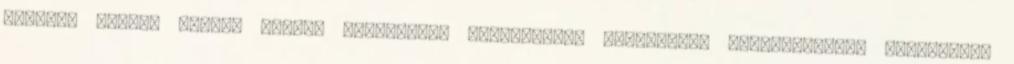
könnyű, málna, nyári, olasz, pohárkrém, világkonyha Egyszerűen elkészíthető, különleges